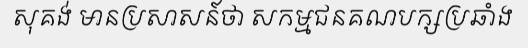
សុគង់ មានប្រសាសន៍ថា សកម្មជនគណបក្សប្រឆាំង